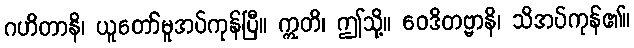
ဂဟိတာနိ၊ ယူတော်မူအပ်ကုန်ပြီ။ ဣတိ၊ ဤသို့။ ဝေဒိတဗ္ဗာနိ၊ သိအပ်ကုန်၏။